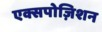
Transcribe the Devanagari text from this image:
एक्सपोज़िशन